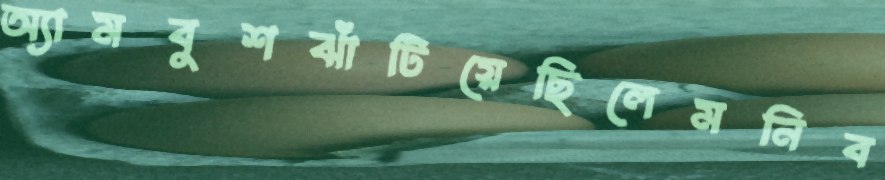
অ্যামবুশঝাঁটিয়েছিলেমনিব